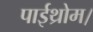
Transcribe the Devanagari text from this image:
पाईथ्रोम।